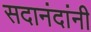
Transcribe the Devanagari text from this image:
सदानंदांनी